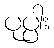
ပုပ္ပါး